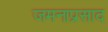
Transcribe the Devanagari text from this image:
जमनाप्रसाद